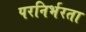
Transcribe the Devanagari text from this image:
परनिर्भरता